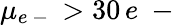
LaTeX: \mu_{e\mathrm{~-~}}>30\, e\mathrm{~-~}